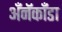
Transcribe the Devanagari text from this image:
अँनॅकाँडा